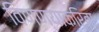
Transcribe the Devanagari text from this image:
विणण्याकरिता